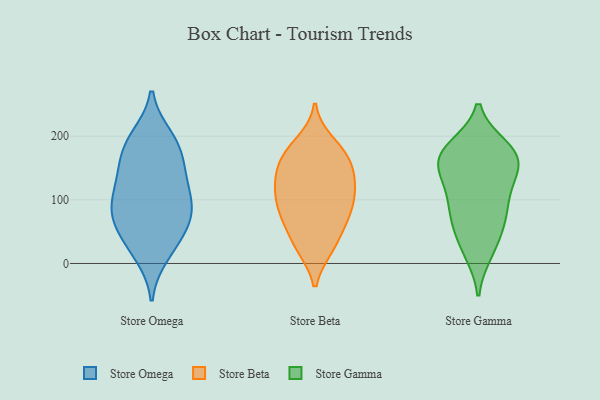
{"axis": {"x": "Active Users", "y": "Value"}, "legend": ["Store Beta", "Store Gamma", "Store Omega"], "data": [{"x": "", "y": 86, "type": "Store Omega"}, {"x": "", "y": 94, "type": "Store Omega"}, {"x": "", "y": 126, "type": "Store Omega"}, {"x": "", "y": 197, "type": "Store Omega"}, {"x": "", "y": 44, "type": "Store Omega"}, {"x": "", "y": 81, "type": "Store Omega"}, {"x": "", "y": 86, "type": "Store Omega"}, {"x": "", "y": 69, "type": "Store Omega"}, {"x": "", "y": 136, "type": "Store Omega"}, {"x": "", "y": 13, "type": "Store Omega"}, {"x": "", "y": 123, "type": "Store Omega"}, {"x": "", "y": 155, "type": "Store Omega"}, {"x": "", "y": 55, "type": "Store Omega"}, {"x": "", "y": 177, "type": "Store Omega"}, {"x": "", "y": 177, "type": "Store Omega"}, {"x": "", "y": 199, "type": "Store Omega"}, {"x": "", "y": 23, "type": "Store Omega"}, {"x": "", "y": 120, "type": "Store Beta"}, {"x": "", "y": 171, "type": "Store Beta"}, {"x": "", "y": 27, "type": "Store Beta"}, {"x": "", "y": 171, "type": "Store Beta"}, {"x": "", "y": 67, "type": "Store Beta"}, {"x": "", "y": 118, "type": "Store Beta"}, {"x": "", "y": 179, "type": "Store Beta"}, {"x": "", "y": 62, "type": "Store Beta"}, {"x": "", "y": 161, "type": "Store Beta"}, {"x": "", "y": 133, "type": "Store Beta"}, {"x": "", "y": 103, "type": "Store Beta"}, {"x": "", "y": 109, "type": "Store Beta"}, {"x": "", "y": 26, "type": "Store Beta"}, {"x": "", "y": 143, "type": "Store Beta"}, {"x": "", "y": 75, "type": "Store Beta"}, {"x": "", "y": 25, "type": "Store Beta"}, {"x": "", "y": 190, "type": "Store Beta"}, {"x": "", "y": 141, "type": "Store Beta"}, {"x": "", "y": 87, "type": "Store Beta"}, {"x": "", "y": 82, "type": "Store Beta"}, {"x": "", "y": 17, "type": "Store Gamma"}, {"x": "", "y": 63, "type": "Store Gamma"}, {"x": "", "y": 175, "type": "Store Gamma"}, {"x": "", "y": 169, "type": "Store Gamma"}, {"x": "", "y": 142, "type": "Store Gamma"}, {"x": "", "y": 22, "type": "Store Gamma"}, {"x": "", "y": 153, "type": "Store Gamma"}, {"x": "", "y": 54, "type": "Store Gamma"}, {"x": "", "y": 88, "type": "Store Gamma"}, {"x": "", "y": 102, "type": "Store Gamma"}, {"x": "", "y": 178, "type": "Store Gamma"}, {"x": "", "y": 183, "type": "Store Gamma"}, {"x": "", "y": 151, "type": "Store Gamma"}, {"x": "", "y": 73, "type": "Store Gamma"}, {"x": "", "y": 107, "type": "Store Gamma"}, {"x": "", "y": 176, "type": "Store Gamma"}, {"x": "", "y": 137, "type": "Store Gamma"}]}